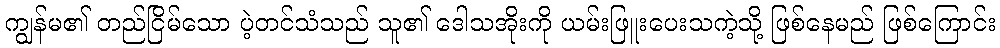
ကျွန်မ၏ တည်ငြိမ်သော ပဲ့တင်သံသည် သူ၏ ဒေါသအိုးကို ယမ်းဖြူးပေးသကဲ့သို့ ဖြစ်နေမည် ဖြစ်ကြောင်း